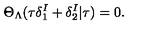
\Theta _ { \Lambda } ( \tau \delta _ { 1 } ^ { I } + \delta _ { 2 } ^ { I } | \tau ) = 0 .